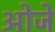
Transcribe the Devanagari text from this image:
ओजे